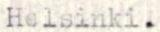
Helsinki.